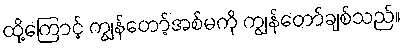
ထို့ကြောင့် ကျွန်တော့်အစ်မကို ကျွန်တော်ချစ်သည်။